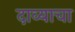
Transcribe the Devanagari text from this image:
दाव्याचा